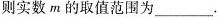
则实数m的取值范围为___.